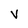
Character: V